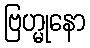
ဗြဟ္မုနော